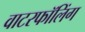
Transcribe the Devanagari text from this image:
वाटरफॉलिंग